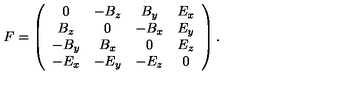
F = \left( \begin{array} { c c c c } { 0 } & { - B _ { z } } & { B _ { y } } & { E _ { x } } \\ { B _ { z } } & { 0 } & { - B _ { x } } & { E _ { y } } \\ { - B _ { y } } & { B _ { x } } & { 0 } & { E _ { z } } \\ { - E _ { x } } & { - E _ { y } } & { - E _ { z } } & { 0 } \\ \end{array} \right) .